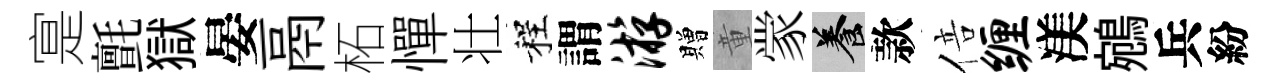
寔氈獄晏鬲柘憚壮程謂游贈童䝉養款倍缠渼鵷兵紛